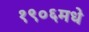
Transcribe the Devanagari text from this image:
१९०६मधे